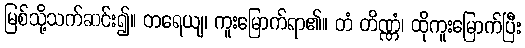
မြစ်သို့သက်ဆင်း၍။ တရေယျ၊ ကူးမြောက်ရာ၏။ တံ တိဏ္ဏံ၊ ထိုကူးမြောက်ပြီး